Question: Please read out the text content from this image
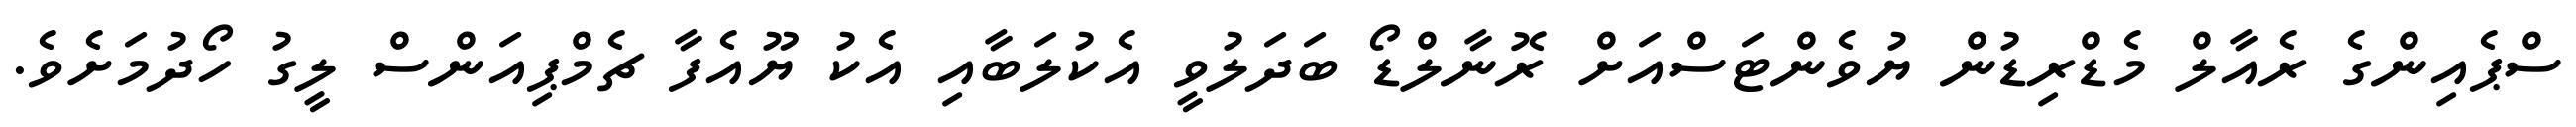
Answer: ސްޕެއިންގެ ރެއާލް މެޑްރިޑުން ޔުވެންޓަސްއަށް ރޮނާލްޑޯ ބަދަލުވީ އެކުލަބާއި އެކު ޔޫއެފާ ޗެމްޕިއަންސް ލީގު ހޯދުމަށެވެ.